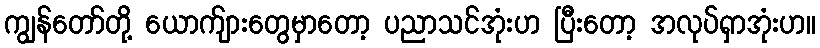
ကျွန်တော်တို့ ယောက်ျားတွေမှာတော့ ပညာသင်အုံးဟ ပြီးတော့ အလုပ်ရှာအုံးဟ။